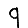
Digit: 9